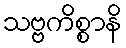
သဗ္ဗကိစ္စာနိ